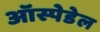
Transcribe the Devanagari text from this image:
ऑस्पेडेल